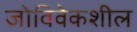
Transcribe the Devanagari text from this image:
जोविवेकशील